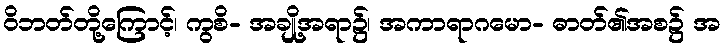
ဝိဘတ်တို့ကြောင့်၊ ကွစိ- အချို့အရာ၌၊ အကာရာဂမော- ဓာတ်၏အစ၌ အ